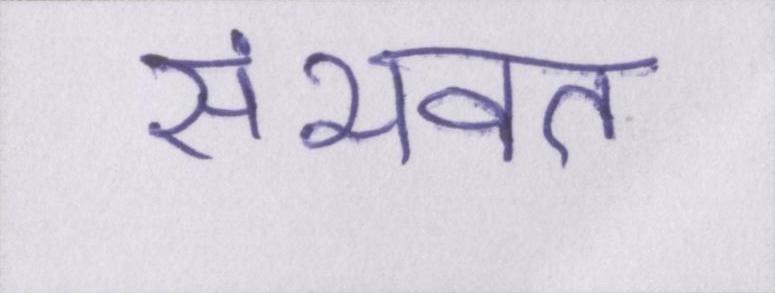
संभवत